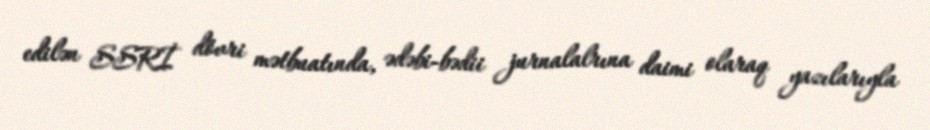
edilən SSRİ dövri mətbuatında, ədəbi-bədii jurnalalrına daimi olaraq yazılarıyla